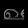
Digit: ၈